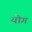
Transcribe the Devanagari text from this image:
योगं